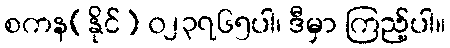
စကန(နိုင်) ၀၂၃၇၆၅ပါ၊ ဒီမှာ ကြည့်ပါ။